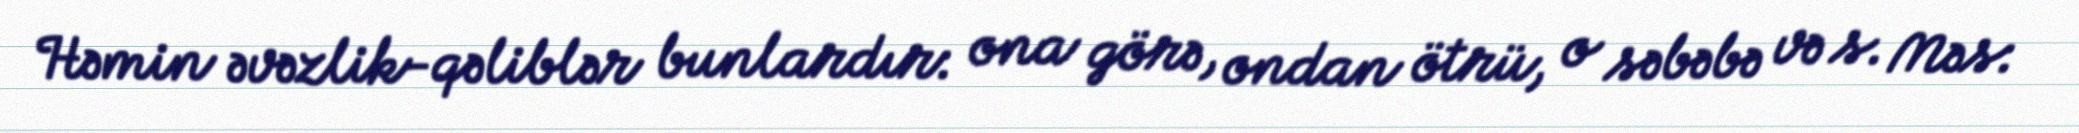
Həmin əvəzlik-qəliblər bunlardır: ona görə, ondan ötrü, o səbəbə və s. Məs: